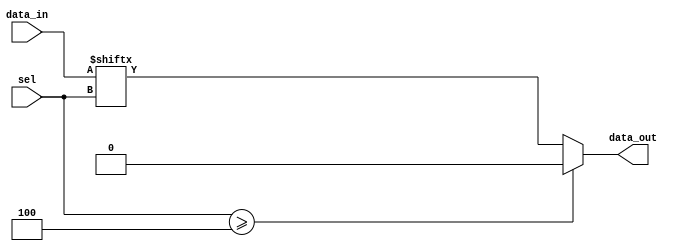
module parameterized_mux #(
    parameter N = 4 // Number of data inputs (must be a power of 2)
) (
    input  wire [N-1:0] data_in, // Data inputs
    input  wire [clog2(N)-1:0] sel, // Select lines
    output reg  data_out // Output
);

// Function to calculate log base 2
function integer clog2;
    input integer value;
    begin
        value = value - 1;
        for (clog2 = 0; value > 0; clog2 = clog2 + 1)
            value = value >> 1;
    end
endfunction

// Always block to implement MUX functionality
always @(*) begin
    if (sel >= N) begin
        data_out = 1'b0; // Default output if select is out of range
    end else begin
        data_out = data_in[sel]; // Select the appropriate data input
    end
end

endmodule